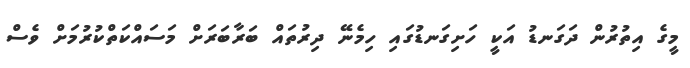
މީގެ އިތުރުން ދަގަނޑު އަކީ ހަށިގަނޑުގައި ހިމެނޭ ދިރުތައް ބަރާބަރަށް މަސައްކަތްކުރުމަށް ވެސް